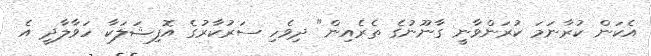
އެކަން ކުރާނަމަ ކުރަންވާނީ ގާނޫނުގެ ތެރެއިން" ދިވެހި ސަރުކާރުގެ އޮފިޝަލަކާ ހަވާލާދީ އެ